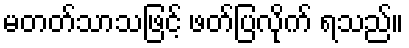
မတတ်သာသဖြင့် ဖတ်ပြလိုက် ရသည်။